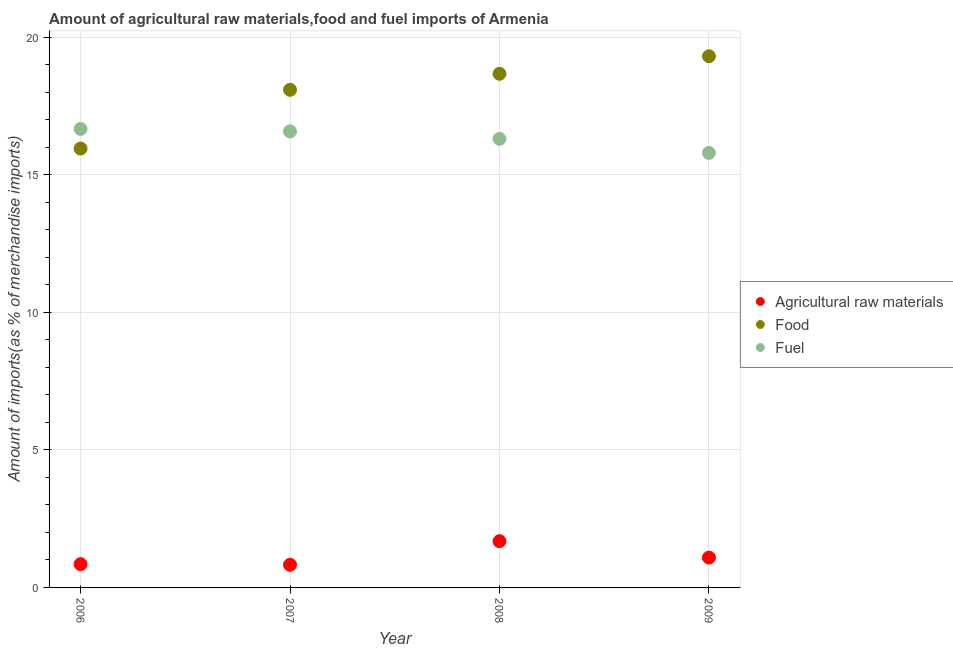
| Year | Agricultural raw materials | Food | Fuel |
 | --- | --- | --- | --- |
 | 2006 | 0.845 | 15.9 | 16.7 |
 | 2007 | 0.823 | 18.1 | 16.6 |
 | 2008 | 1.68 | 18.7 | 16.3 |
 | 2009 | 1.09 | 19.3 | 15.8 |